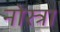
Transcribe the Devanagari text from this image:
नोस्त्रा